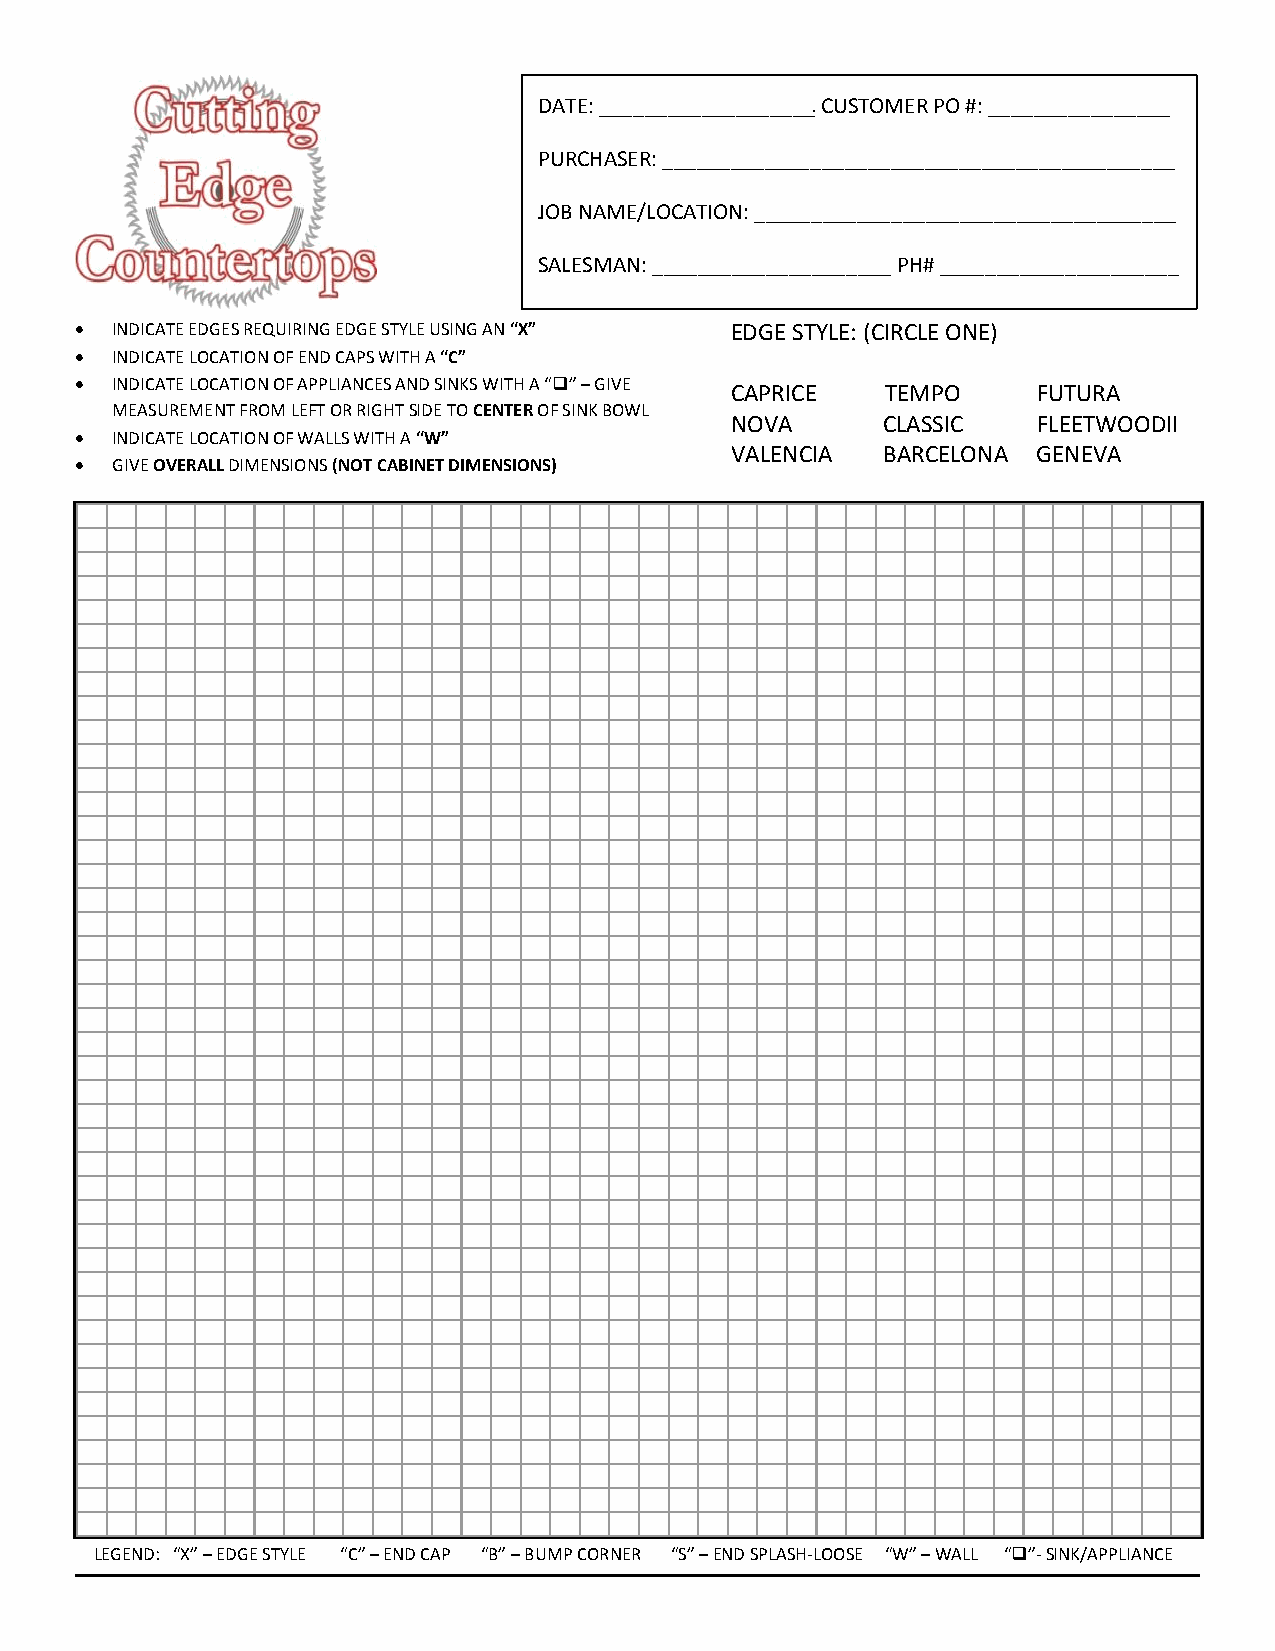
DATE: ___________________ CUSTOMER PO #: ________________
 PURCHASER: _____________________________________________
 JOB NAME/LOCATION: _____________________________________
 SALESMAN: _____________________ PH# _____________________
  INDICATE EDGES REQUIRING EDGE STYLE USING AN “X” EDGE STYLE: (CIRCLE ONE)
  INDICATE LOCATION OF END CAPS WITH A “C”
  INDICATE LOCATION OF APPLIANCES AND SINKS WITH A “” – GIVE
 CAPRICE    TEMPO     FUTURA
 MEASUREMENT FROM LEFT OR RIGHT SIDE TO CENTER OF SINK BOWL
 NOVA      CLASSIC    FLEETWOODII
  INDICATE LOCATION OF WALLS WITH A “W”
 VALENCIA  BARCELONA  GENEVA
  GIVE OVERALL DIMENSIONS (NOT CABINET DIMENSIONS)
 LEGEND: “X” – EDGE STYLE “C” – END CAP “B” – BUMP CORNER “S” – END SPLASH-LOOSE “W” – WALL “”- SINK/APPLIANCE